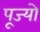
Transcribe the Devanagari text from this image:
पूज्‍यो